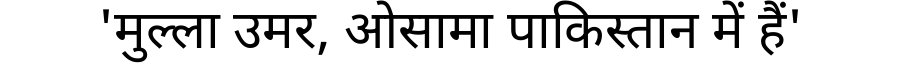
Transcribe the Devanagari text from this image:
'मुल्ला उमर, ओसामा पाकिस्तान में हैं'